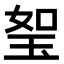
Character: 𤥏